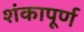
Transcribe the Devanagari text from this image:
शंकापूर्ण